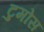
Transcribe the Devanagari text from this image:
टुमोस